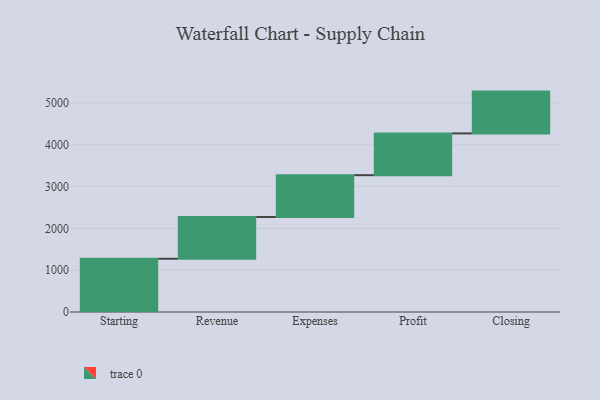
{"axis": {"x": "Step", "y": "Value"}, "legend": [""], "data": [{"x": "Starting", "y": 1274.0, "type": ""}, {"x": "Revenue", "y": 1000, "type": ""}, {"x": "Expenses", "y": 1000, "type": ""}, {"x": "Profit", "y": 1000, "type": ""}, {"x": "Closing", "y": 1000, "type": ""}]}